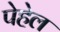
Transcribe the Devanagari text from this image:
पेहेल